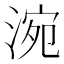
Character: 涴